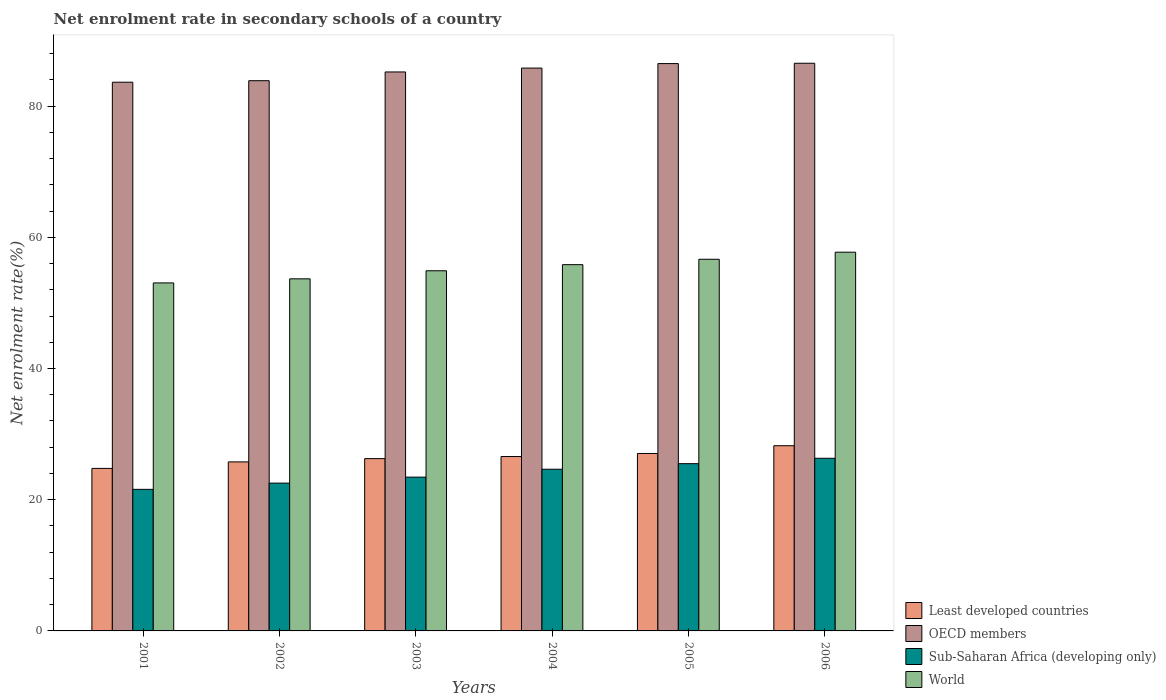
| Years | Least developed countries | OECD members | Sub-Saharan Africa (developing only) | World |
 | --- | --- | --- | --- | --- |
 | 2001 | 24.8 | 83.6 | 21.6 | 53 |
 | 2002 | 25.8 | 83.9 | 22.5 | 53.7 |
 | 2003 | 26.3 | 85.2 | 23.4 | 54.9 |
 | 2004 | 26.6 | 85.8 | 24.6 | 55.8 |
 | 2005 | 27 | 86.5 | 25.5 | 56.7 |
 | 2006 | 28.2 | 86.5 | 26.3 | 57.7 |